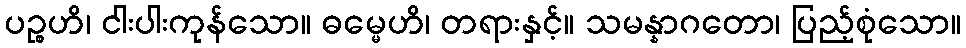
ပဉ္စဟိ၊ ငါးပါးကုန်သော။ ဓမ္မေဟိ၊ တရားနှင့်။ သမန္နာဂတော၊ ပြည့်စုံသော။